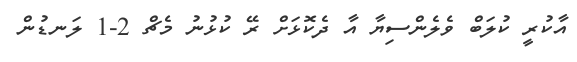
އާކުރީ ކުލަބް ވެލެންސިޔާ އާ ދެކޮޅަށް ރޭ ކުޅުނު މެޗް 2-1 ލަނޑުން